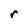
Character: r